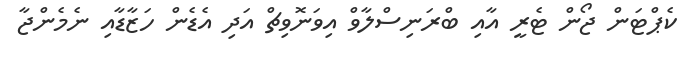
ކެޕްޓަން ޖޯން ޓެރީ އާއި ބްރަނިސްލާވް އިވަނޮވިޗް އަދި އެޑެން ހަޒާޑާއި ނެމެންޖާ